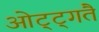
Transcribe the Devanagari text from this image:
ओट्ट्गतै